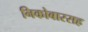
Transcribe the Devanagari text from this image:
निकोबारसह